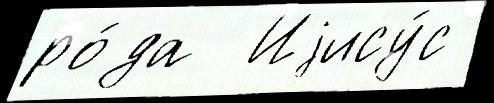
ро́да  Иjису́с